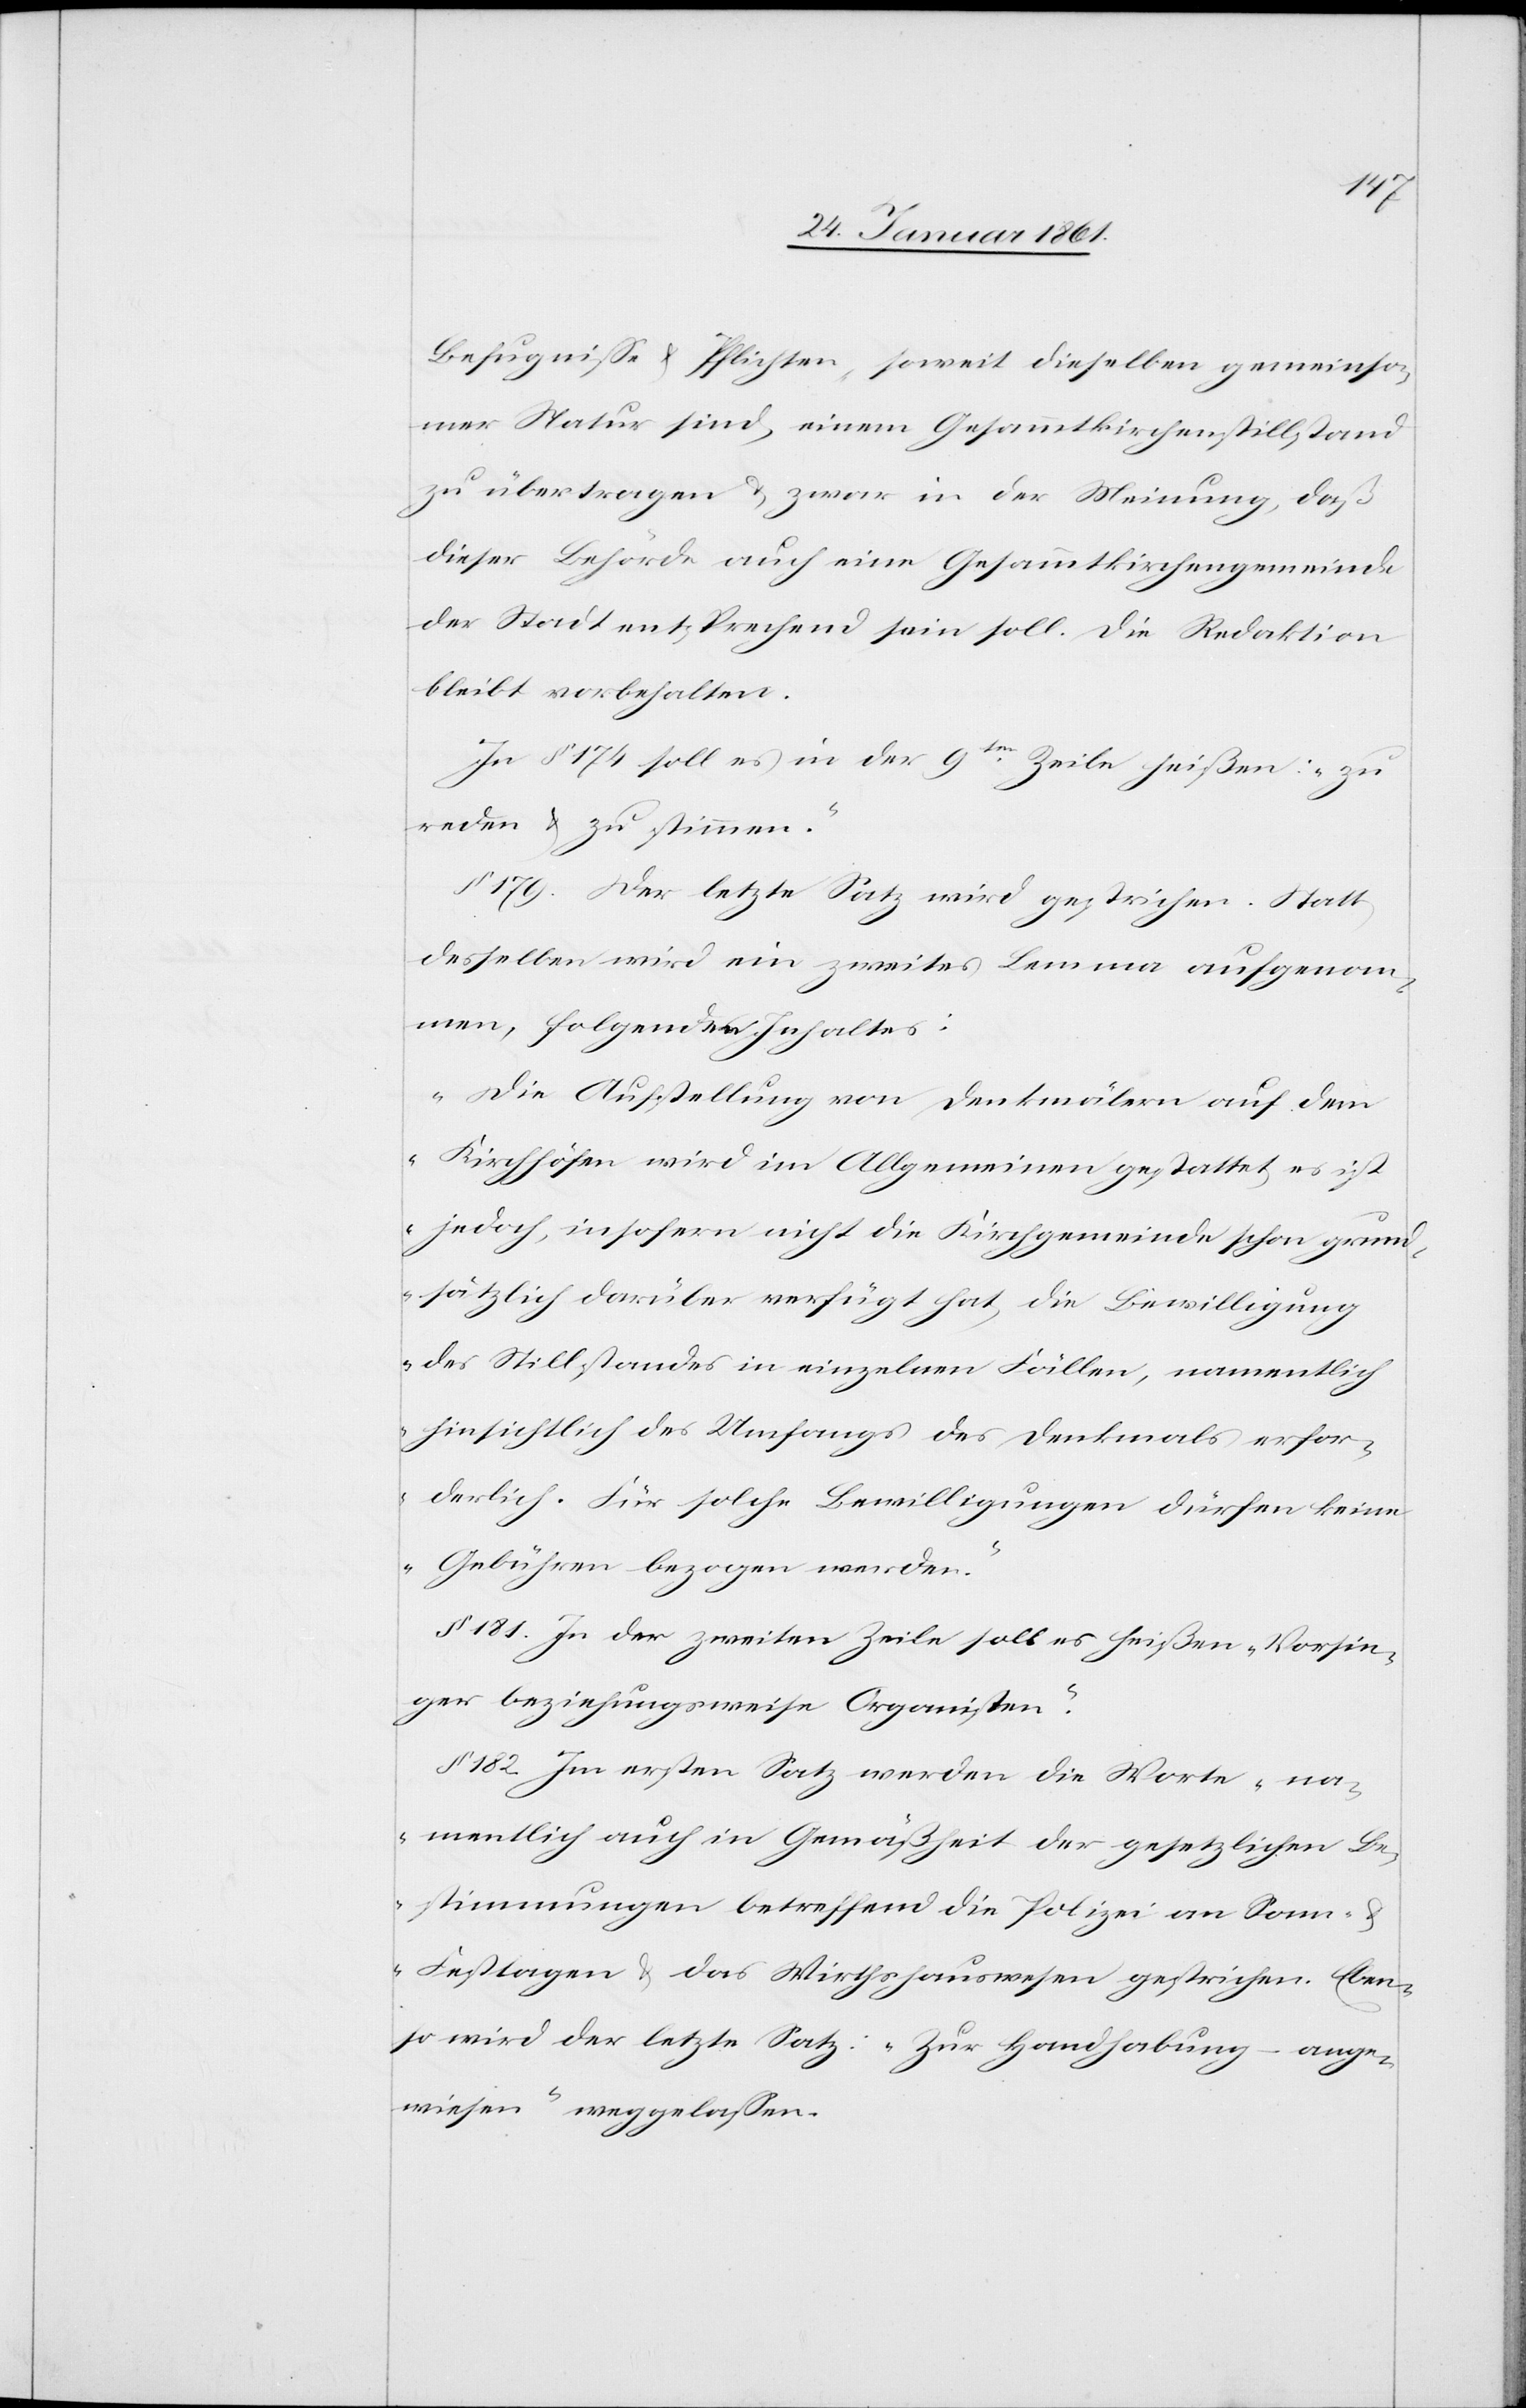
Befugnisse u. Pflichten, soweit dieselben gemeinsa¬
mer Natur sind, einem Gesammtkirchenstillstand
zu übertragen u. zwar in der Meinung, daß
dieser Behörde auch eine Gesammtkirchengemeinde
der Stadt entsprechend sein solle. Die Redaktion
bleibt vorbehalten.
In §. 174 soll es in der 9ten Zeile heißen: „zu
reden u. zu stimme.“
§. 179. Der letzte Satz wird gestrichen. Statt
desselben wird ein zweites Lemma aufgenom¬
men, folgenden Inhaltes:
„Die Aufstellung von Denkmälern auf dem
Kirchhöfen wird im Allgemeinen gestattet, es ist
jedoch, insofern nicht die Kirchgemeinde schon grun¬
dsätzlich darüber verfügt hat, die Bewilligung
des Stillstandes in einzelnen Fällen, namentlich
hinsichtlich des Umfangs des Denkmals erfor¬
derlich. Für solche Bewilligungen dürfen keine
Gebühren bezogen werden.“
§. 181. In der zweiten Zeile soll es heißen „Vorsin¬
ger beziehungsweise Organisten.“
§. 182. Im ersten Satz werden die Worte „na¬
mentlich auch in Gemäßheit der gesetzlichen Be¬
stimmungen betreffend die Polizei von Sonn-
u. Festtagen u. das Wirthshauswesen[“] gestrichen. Eben¬
so wird der letzte Satz „Zur Handhabung ange¬
wiesen“ weggelassen.